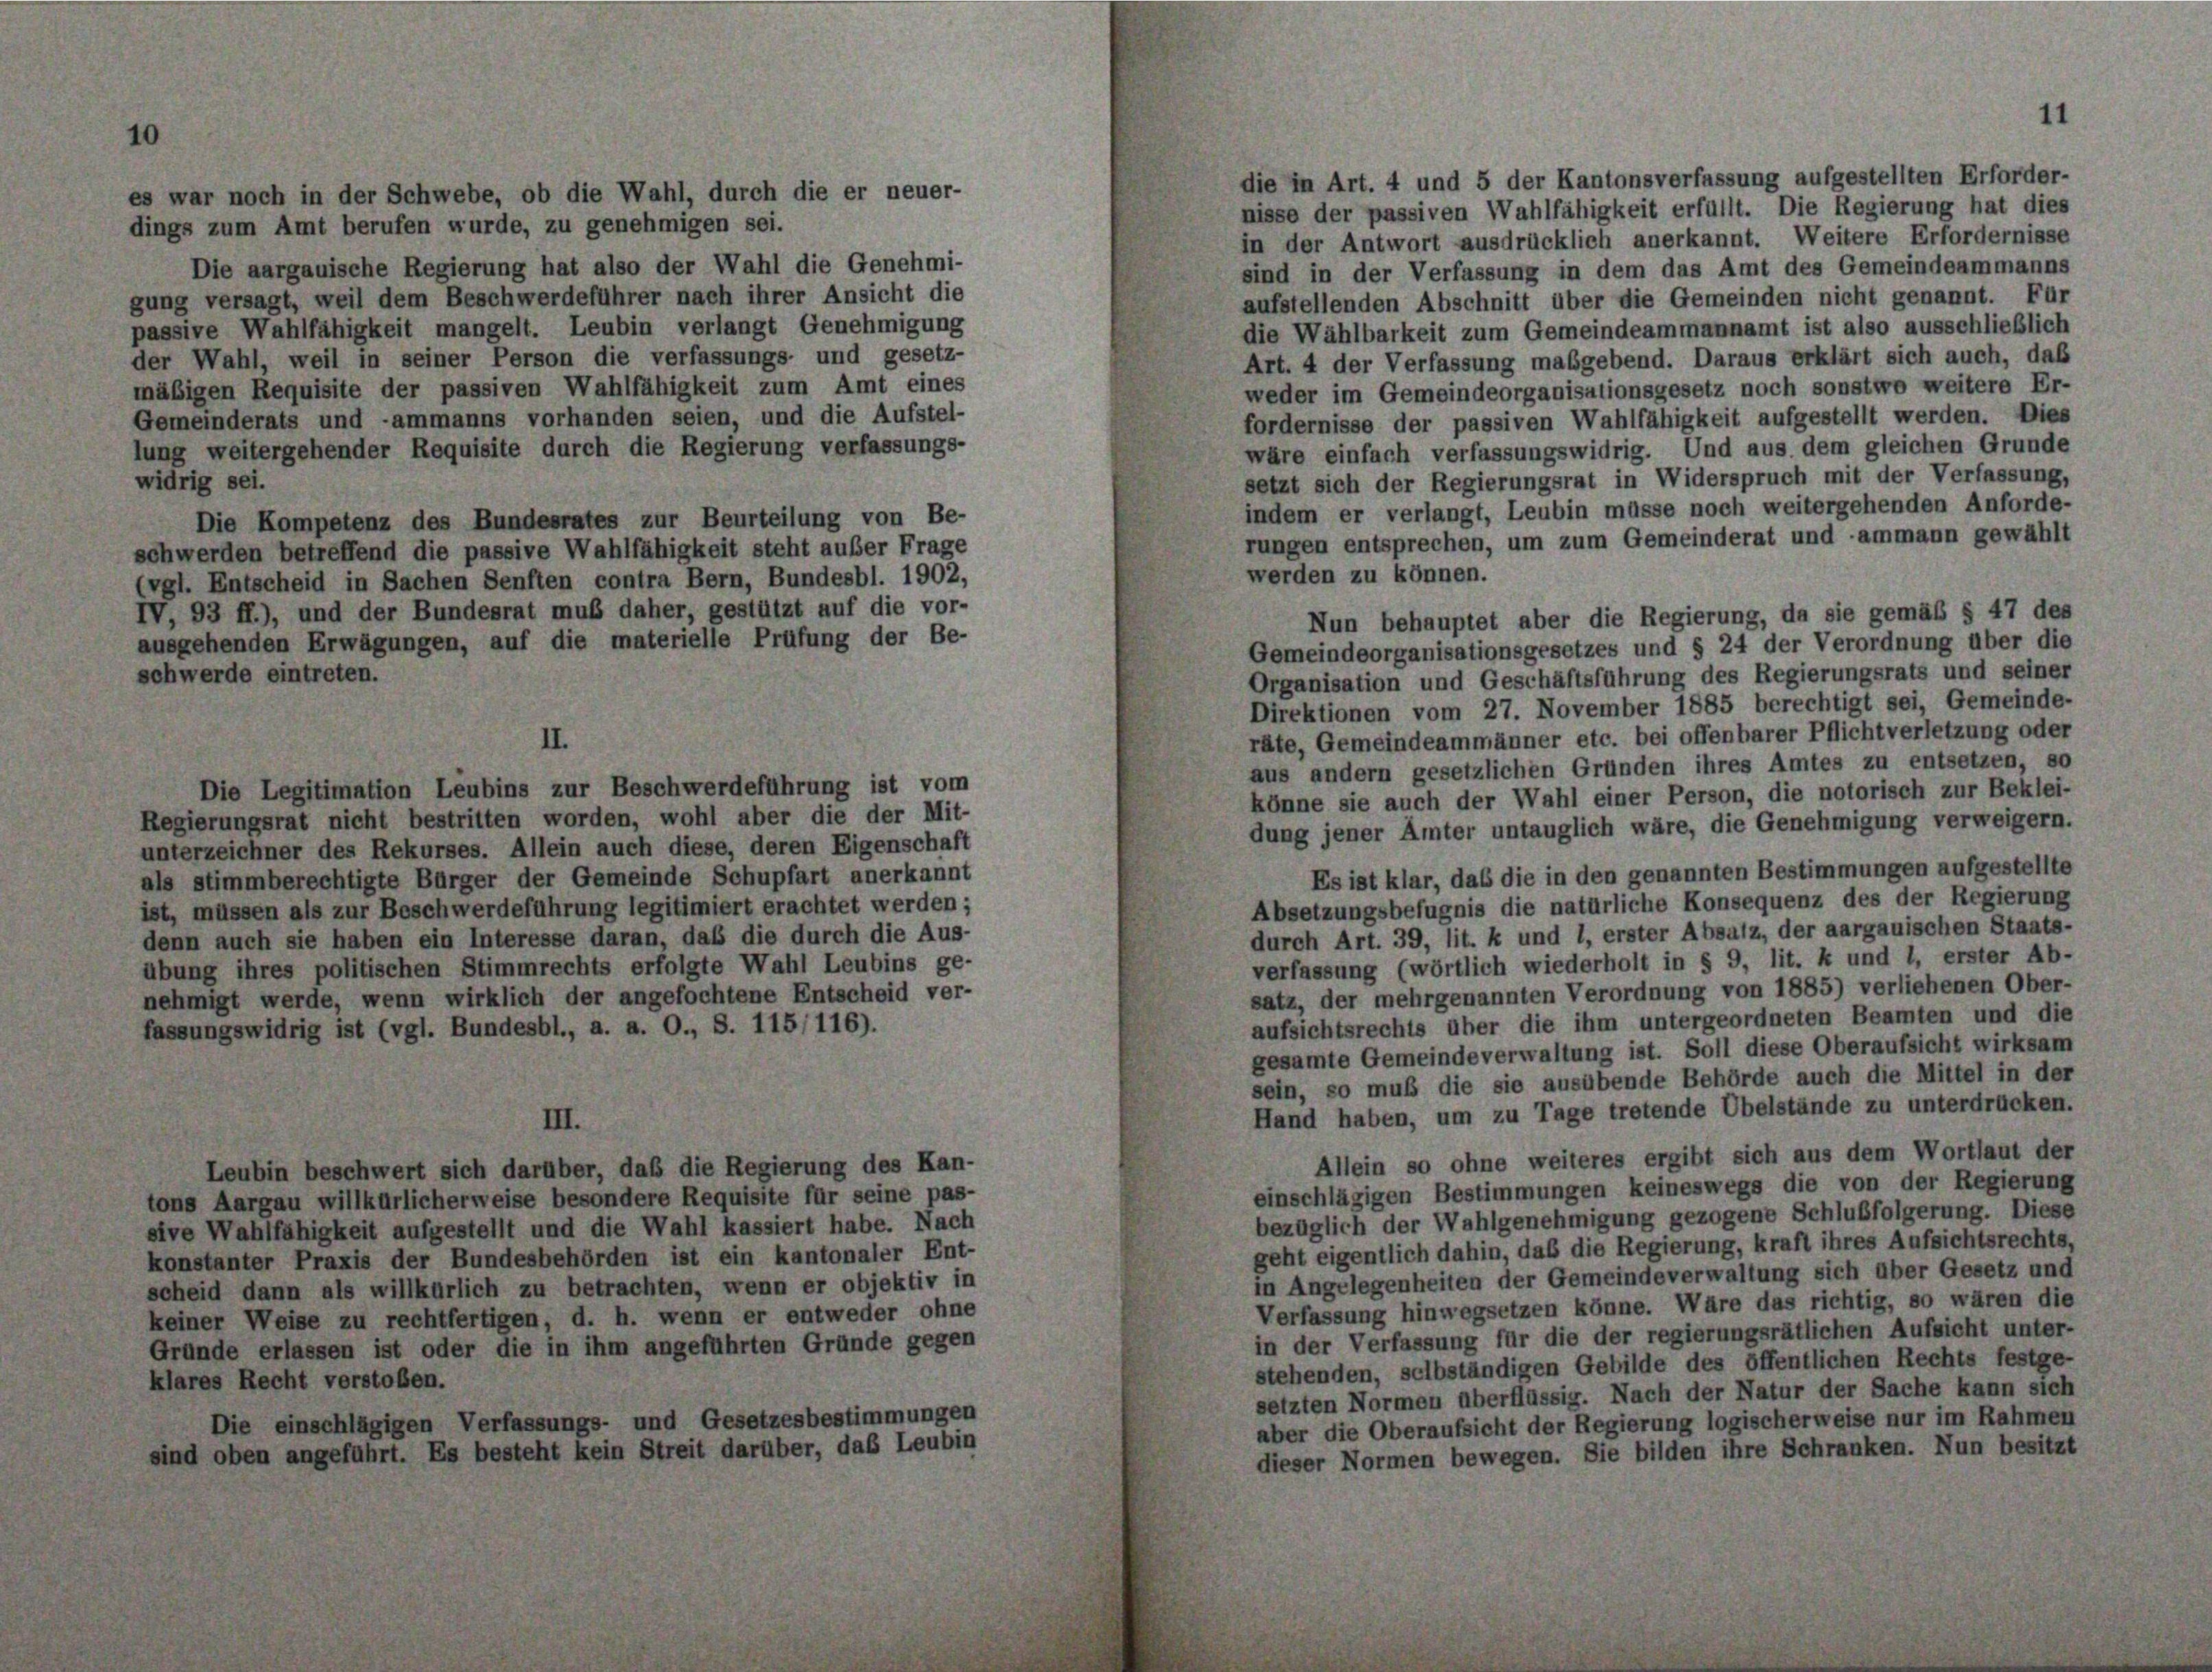
es war noch in der Schwebe, ob die Wahl, durch die er neuer-
dings zum Amt berufen wurde, zu genehmigen sei.
Die aargauische Regierung hat also der Wahl die Genehmi-
gung versagt, weil dem Beschwerdeführer nach ihrer Ansicht die
passive Wahlfähigkeit mangelt. Leubin verlangt Genehmigung
der Wahl, weil in seiner Person die verfassungs- und gesetz-
mäßigen Requisite der passiven Wahlfähigkeit zum Amt eines
Gemeinderats und -ammanns vorhanden seien, und die Aufstel-
lung weitergehender Requisite durch die Regierung verfassungs-
widrig sei.
Die Kompetenz des Bundesrates zur Beurteilung von Be-
rungen entsprechen, um zum Gemeinderat und ammann gewählt
schwerden betreffend die passive Wahlfähigkeit steht außer Frage
werden zu können.
(vgl. Entscheid in Sachen Senften contra Bern, Bundesbl. 1902,
IV, 93 ff.), und der Bundesrat muß daher, gestützt auf die vor-
Nun behauptet aber die Regierung, da sie gemäß § 47 des
ausgehenden Erwägungen, auf die materielle Prüfung der Be-
Gemeindeorganisationsgesetzes und § 24 der Verordnung über die
schwerde eintreten.
Organisation und Geschäftsführung des Regierungsrats und seiner
Direktionen vom 27. November 1885 berechtigt sei, Gemeinde-
räte, Gemeindeammänner etc. bei offenbarer Pflicht verletzung oder
II.
aus andern gesetzlichen Gründen ihres Amtes zu entsetzen, so
Die Legitimation Leubins zur Beschwerdeführung ist vom
könne sie auch der Wahl einer Person, die notorisch zur Beklei-
Regierungsrat nicht bestritten worden, wohl aber die der Mit-
dung jener Ämter untauglich wäre, die Genehmigung verweigern.
unterzeichner des Rekurses. Allein auch diese, deren Eigenschaft
Es ist klar, daß die in den genannten Bestimmungen aufgestellte
als stimmberechtigte Bürger der Gemeinde Schupfart anerkannt
Absetzungsbefugnis die natürliche Konsequenz des der Regierung
ist, müssen als zur Beschwerdeführung legitimiert erachtet werden;
durch Art. 39, lit. k und 1, erster Absatz, der aargauischen Staats-
denn auch sie haben ein Interesse daran, daß die durch die Aus-
verfassung (wörtlich wiederholt in § 9, lit. k und 1, erster Ab-
übung ihres politischen Stimmrechts erfolgte Wahl Leubins ge-
satz, der mehrgenannten Verordnung von 1885) verliehenen Ober-
nehmigt werde, wenn wirklich der angefochtene Entscheid ver-
aufsichtsrechts über die ihm untergeordneten Beamten und die
fassungswidrig ist (vgl. Bundesbl., a. a. O., S. 115, 116).
gesamte Gemeindeverwaltung ist. Soll diese Oberaufsicht wirksam
sein, so muß die sie ausübende Behörde auch die Mittel in der
Hand haben, um zu Tage tretende Übelstände zu unterdrücken.
III.
Allein so ohne weiteres ergibt sich aus dem Wortlaut der
Leubin beschwert sich darüber, daß die Regierung des Kan-
einschlägigen Bestimmungen keineswegs die von der Regierung
tons Aargau willkürlicherweise besondere Requisite für seine pas-
bezüglich der Wahlgenehmigung gezogene Schlußfolgerung. Diese
sive Wahlfähigkeit aufgestellt und die Wahl kassiert habe. Nach
geht eigentlich dahin, das die Regierung, kraft ihres Aufsichtsrechts
konstanter Praxis der Bundesbehörden ist ein kantonaler Ent-
in Angelegenheiten der Gemeindeverwaltung sich über Gesetz und
scheid dann als willkürlich zu betrachten, wenn er objektiv in
Verfassung hinwegsetzen könne. Wäre das richtig, so wären die
keiner Weise zu rechtfertigen, d. h. wenn er entweder ohne
in der Verfassung für die der regierungsrätlichen Aufsicht unter-
Grunde erlassen ist oder die in ihm angeführten Gründe gegen
stehenden, selbständigen Gebilde des öffentlichen Rechts festge-
klares Recht verstoßen.
setzten Normen überflüssig. Nach der Natur der Sache kann sich
Die einschlägigen Verfassungs- und Gesetzesbestimmungen
aber die Oberaufsicht der Regierung logischerweise nur im Rahmen
sind oben angeführt. Es besteht kein Streit darüber, das Leubin
dieser Normen bewegen. Sie bilden ihre Schranken. Nun besitzt

die in Art. 4 und 5 der Kantonsverfassung aufgestellten Erforder-
nisse der passiven Wahlfähigkeit erfüllt. Die Regierung hat dies
in der Antwort ausdrücklich anerkannt. Weitere Erfordernisse
sind in der Verfassung in dem das Amt des Gemeindeammanns
aufstellenden Abschnitt über die Gemeinden nicht genannt. Für
die Wählbarkeit zum Gemeindeammannamt ist also ausschließlich
Art. 4 der Verfassung maßgebend. Daraus erklärt sich auch, daß
weder im Gemeindeorganisationsgesetz noch sonstwo weitere Er-
fordernisse der passiven Wahlfähigkeit aufgestellt werden. Dies
wäre einfach verfassungswidrig. Und aus dem gleichen Grunde
setzt sich der Regierungsrat in Widerspruch mit der Verfassung,
indem er verlangt, Leubin müsse noch weitergehenden Anforde-